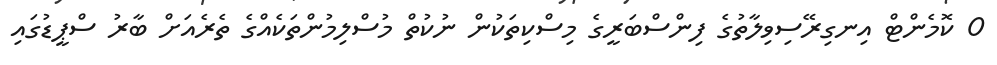
0 ކޮމެންޓް އިނގިރޭސިވިލާތުގެ ފިންސްބަރީގެ މިސްކިތަކުން ނުކުތް މުސްލިމުންތަކެއްގެ ތެރެއަށް ބާރު ސްޕީޑުގައި